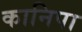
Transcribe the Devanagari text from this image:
कानिपा